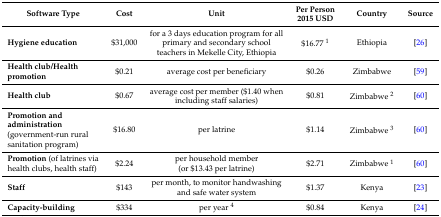
<table><thead><tr><td><b>Software Type</b></td><td><b>Cost</b></td><td><b>Unit</b></td><td><b>Per Person 2015 USD</b></td><td><b>Country</b></td><td><b>Source</b></td></tr></thead><tbody><tr><td><b>Hygiene education</b></td><td>$31,000</td><td>for a 3 days education program for all primary and secondary school teachers in Mekelle City, Ethiopia</td><td>$16.77 <sup>1</sup></td><td>Ethiopia</td><td>[26]</td></tr><tr><td><b>Health club/Health promotion</b></td><td>$0.21</td><td>average cost per beneficiary</td><td>$0.26</td><td>Zimbabwe</td><td>[59]</td></tr><tr><td><b>Health club</b></td><td>$0.67</td><td>average cost per member ($1.40 when including staff salaries)</td><td>$0.81</td><td>Zimbabwe <sup>2</sup></td><td>[60]</td></tr><tr><td><b>Promotion and administration</b> (government-run rural sanitation program)</td><td>$16.80</td><td>per latrine</td><td>$1.14</td><td>Zimbabwe <sup>3</sup></td><td>[60]</td></tr><tr><td><b>Promotion</b> (of latrines via health clubs, health staff)</td><td>$2.24</td><td>per household member (or $13.43 per latrine)</td><td>$2.71</td><td>Zimbabwe <sup>1</sup></td><td>[60]</td></tr><tr><td><b>Staff</b></td><td>$143</td><td>per month, to monitor handwashing and safe water system</td><td>$1.37</td><td>Kenya</td><td>[23]</td></tr><tr><td><b>Capacity-building</b></td><td>$334</td><td>per year <sup>4</sup></td><td>$0.84</td><td>Kenya</td><td>[24]</td></tr></tbody></table>